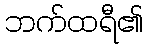
ဘက်ထရီ၏